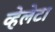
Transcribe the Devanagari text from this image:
व्हेलेटा